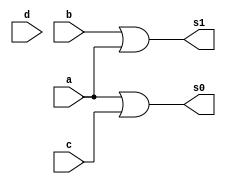
module encoder(a, b, c, d, s1, s0);
    input a, b, c, d;
    output reg s1, s0;
    always @(a or b or c or d)
        begin
          s1=b|a;
          s0=a|c;
        end

endmodule


module stimulus;
    reg a, b, c, d;
    wire s1, s0;

    encoder en(a, b, c, d, s1, s0);

    initial 
        begin
            $dumpfile("test3.vcd");
            $dumpvars(1, stimulus);
          #10 a=1'b0; b=1'b0; c=1'b0; d=1'b1;
          #10 a=1'b0; b=1'b0; c=1'b1; d=1'b0;
          #10 a=1'b0; b=1'b1; c=1'b0; d=1'b0;
          #10 a=1'b1; b=1'b0; c=1'b0; d=1'b0;
          #10
          $finish;
        end

    initial 
        $monitor("%d%d%d%d    %d%d", a, b, c, d, s1, s0);
endmodule